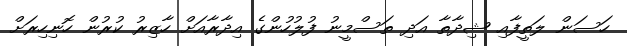
ހަސަން ލަތީފާއި ޝިދާތާ އަދި ތަސްމީނު ފުލުހުންގެ އިދާރާއަށް ހާޒިރު ކުރުން ހޮނިހިރަށް